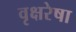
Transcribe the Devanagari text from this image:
वृक्षरेषा